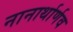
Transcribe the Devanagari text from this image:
नानार्थार्णव